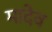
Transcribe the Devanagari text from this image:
मादेव